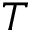
T